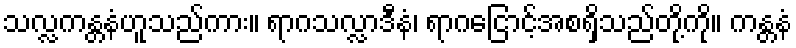
သလ္လကန္တနံဟူသည်ကား။ ရာဂသလ္လာဒီနံ၊ ရာဂငြောင့်အစရှိသည်တို့ကို။ ကန္တနံ